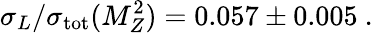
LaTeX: \sigma_{L}/\sigma_{\mathrm{tot}}(M_{Z}^{2})=0.057\pm 0.005~.